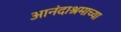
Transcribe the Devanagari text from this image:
आनंदाश्रमाच्या